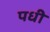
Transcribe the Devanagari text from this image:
पधी